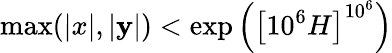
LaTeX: \operatorname*{max}(|x|,|\mathbf{y}|)<\exp\left(\left[10^{6}H\right]^{{10}^{6}}\right)